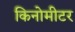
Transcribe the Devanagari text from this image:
किनोमीटर